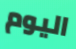
اليوم